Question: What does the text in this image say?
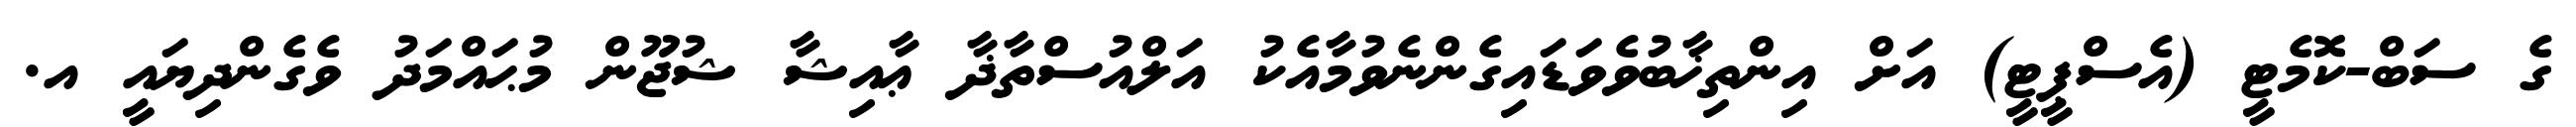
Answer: ގެ ސަބް-ކޮމެޓީ (އެސްޕީޓީ) އަށް އިންތިޚާބުވެވަޑައިގެންނެވުމާއެކު އަލްއުސްތާޛާ ޢާއިޝާ ޝުޖޫން މުޙައްމަދު ވެގެންދިޔައީ އ.